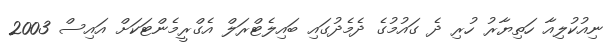
ނިއުކުލިއާ ހަތިޔާރު ހުރި ދެ ގައުމުގެ ދެމެދުގައި ބައިލެޓްރަލް އެގްރީމެންޓަކަށް އައިސް 2003